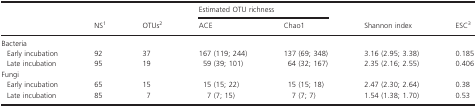
<table><thead><tr><td></td><td rowspan="2"><b>NS1</b></td><td rowspan="2"><b>OTUs2</b></td><td colspan="2"><b>Estimated OTU richness</b></td><td rowspan="2"><b>Shannon index</b></td><td rowspan="2"><b>ESC3</b></td></tr><tr><td></td><td><b>ACE</b></td><td><b>Chao1</b></td></tr></thead><tbody><tr><td colspan="7">Bacteria</td></tr><tr><td> Early incubation</td><td>92</td><td>37</td><td>167 (119; 244)</td><td>137 (69; 348)</td><td>3.16 (2.95; 3.38)</td><td>0.185</td></tr><tr><td> Late incubation</td><td>95</td><td>19</td><td>59 (39; 101)</td><td>64 (32; 167)</td><td>2.35 (2.16; 2.55)</td><td>0.406</td></tr><tr><td colspan="7">Fungi</td></tr><tr><td> Early incubation</td><td>65</td><td>15</td><td>15 (15; 22)</td><td>15 (15; 18)</td><td>2.47 (2.30; 2.64)</td><td>0.38</td></tr><tr><td> Late incubation</td><td>85</td><td>7</td><td>7 (7; 15)</td><td>7 (7; 7)</td><td>1.54 (1.38; 1.70)</td><td>0.53</td></tr></tbody></table>